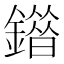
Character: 䥘